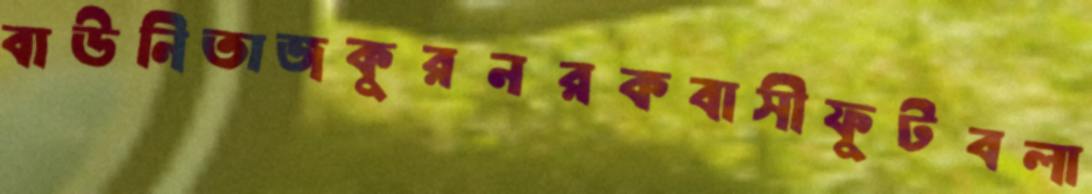
বাউনিতাজকুরনরকবাসীফুটবলা